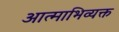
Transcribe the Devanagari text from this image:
आत्माभिव्यक्त